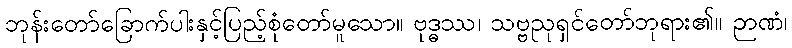
ဘုန်းတော်ခြောက်ပါးနှင့်ပြည့်စုံတော်မူသော။ ဗုဒ္ဓဿ၊ သဗ္ဗညုရှင်တော်ဘုရား၏။ ဉာဏံ၊